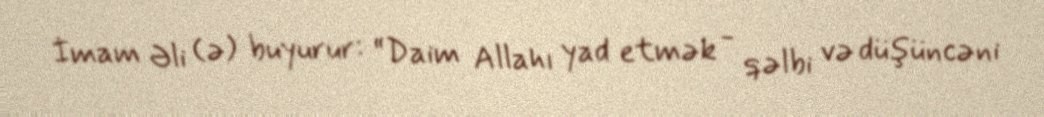
İmam Əli (ə) buyurur: “Daim Allahı yad etmək - qəlbi və düşüncəni